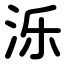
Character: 泺